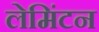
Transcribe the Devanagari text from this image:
लेमिंटन